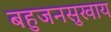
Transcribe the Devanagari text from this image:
बहुजनसुखाय